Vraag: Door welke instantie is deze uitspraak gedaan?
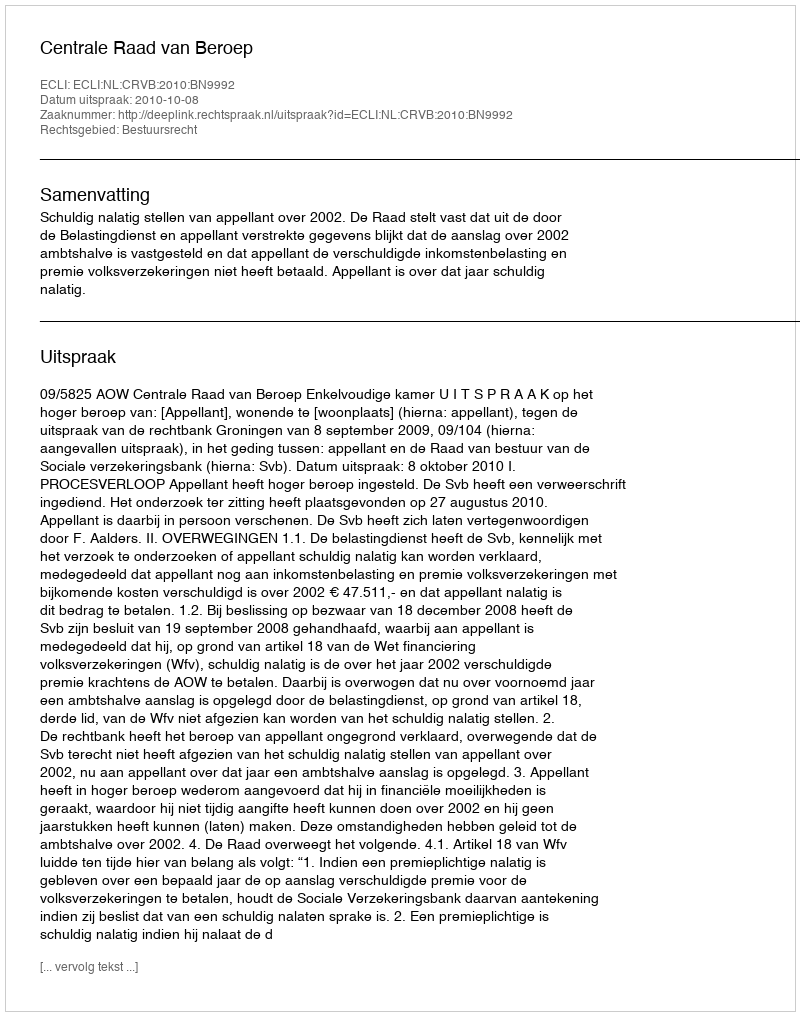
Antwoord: Centrale Raad van Beroep